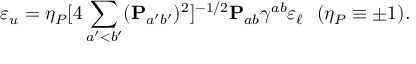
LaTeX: \varepsilon _ { u } = \eta _ { P } [ 4 \sum _ { a ^ { \prime } < b ^ { \prime } } ( { \bf P } _ { a ^ { \prime } b ^ { \prime } } ) ^ { 2 } ] ^ { - 1 / 2 } { \bf P } _ { a b } \gamma ^ { a b } \varepsilon _ { \ell } \ \ ( \eta _ { P } \equiv \pm 1 ) .